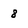
Character: 8